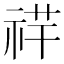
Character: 𥙶